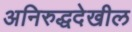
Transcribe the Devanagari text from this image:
अनिरुद्धदेखील